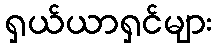
ရှယ်ယာရှင်များ